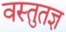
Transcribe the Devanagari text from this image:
वस्तुतज्ञ